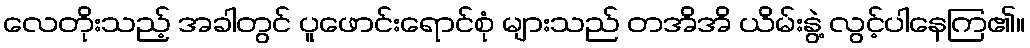
လေတိုးသည့် အခါတွင် ပူဖောင်းရောင်စုံ များသည် တအိအိ ယိမ်းနွဲ့ လွင့်ပါနေကြ၏။